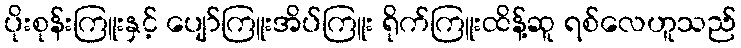
ပိုးစုန်းကြူးနှင့် ပျော်ကြူးအိပ်ကြူး ရိုက်ကြူးထိန့်ဆူ ရစ်လေဟူသည်